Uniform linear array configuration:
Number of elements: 32
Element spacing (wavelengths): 0.5
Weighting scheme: exponential
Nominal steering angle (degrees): -60
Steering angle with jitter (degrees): -61.385
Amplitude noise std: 0.05
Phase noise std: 0.05

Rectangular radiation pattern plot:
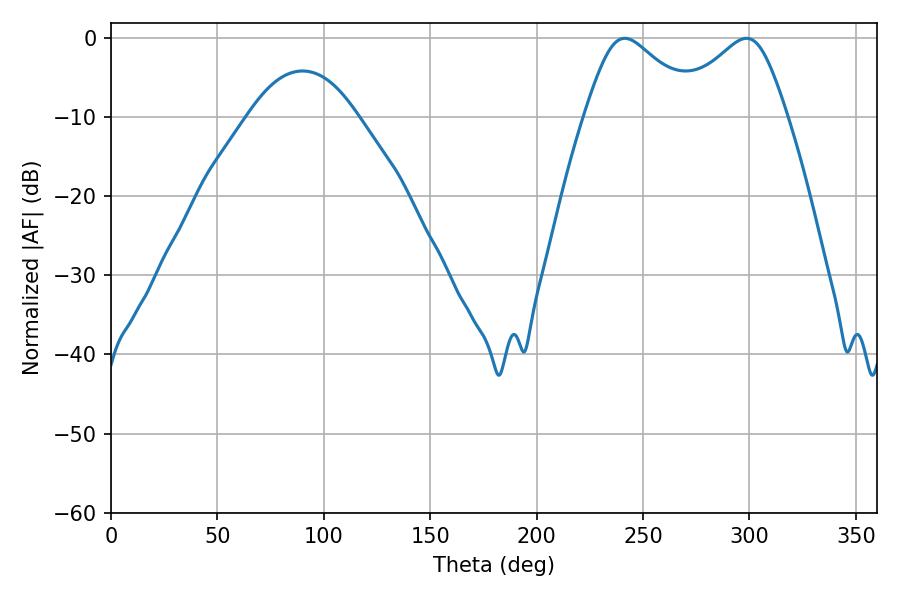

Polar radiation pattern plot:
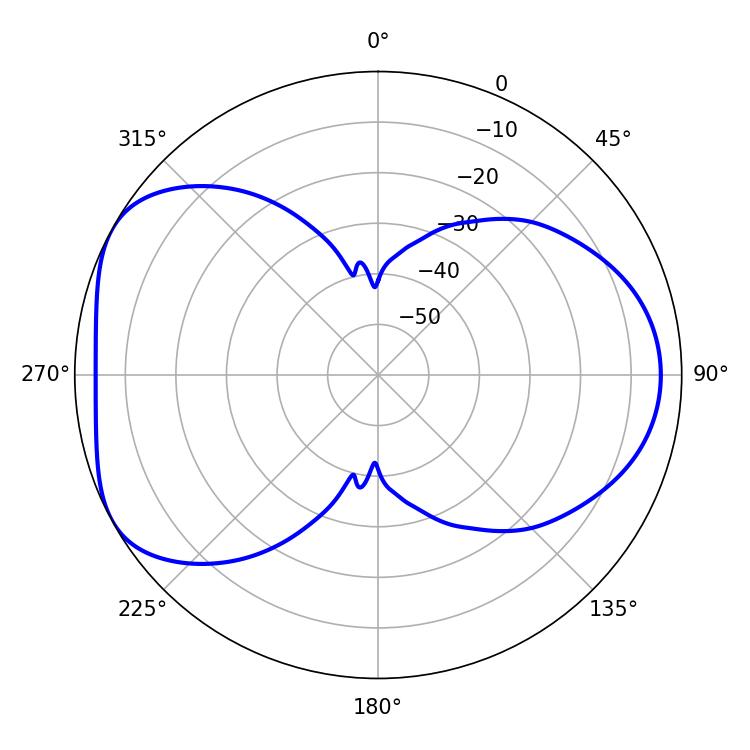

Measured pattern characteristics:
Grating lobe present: FALSE
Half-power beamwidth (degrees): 26.82
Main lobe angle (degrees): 241.38